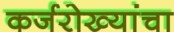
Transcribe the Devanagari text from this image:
कर्जरोख्यांचा